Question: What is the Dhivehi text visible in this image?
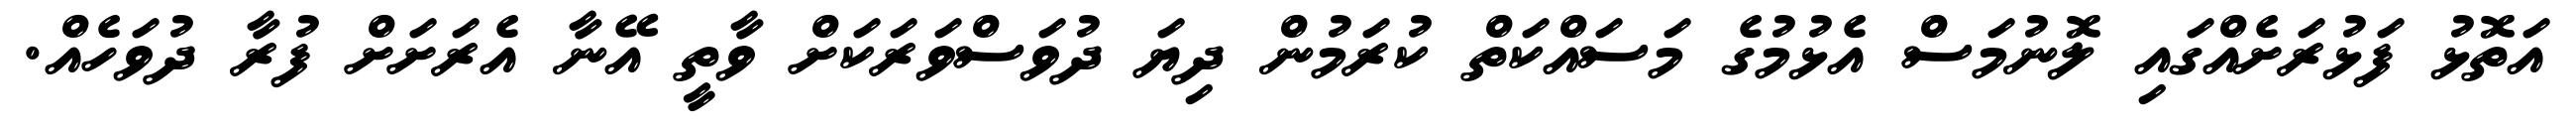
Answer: އަތޮޅު ފަޅުރަށެއްގައި ލޮނުމަސް އެޅުމުގެ މަސައްކަތް ކުރަމުން ދިޔަ ދުވަސްވަރަކަށް ވާތީ އޭނާ އެރަށަށް ފުރާ ދުވަހެއް.